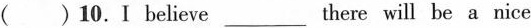
( )10.Ⅰ believe ___ there will be a nice